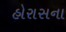
હોરાસના